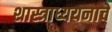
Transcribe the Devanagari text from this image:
शास्त्राध्ययनाचे